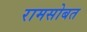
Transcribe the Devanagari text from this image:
रामसोबत